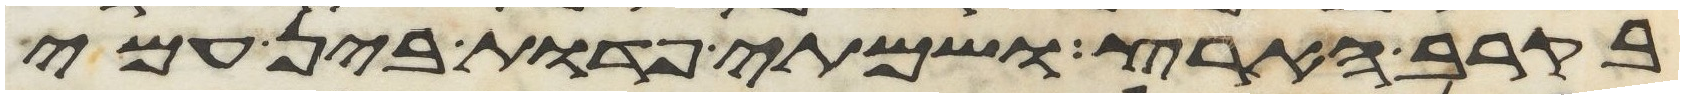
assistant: בקרב הארץ ושמתי פדות בין עמי